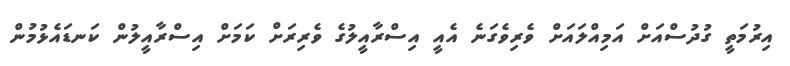
އިރުމަތީ ގުދުސްއަށް އަމިއްލައަށް ވެރިވެގަނެ އެއީ އިސްރާއީލުގެ ވެރިރަށް ކަމަށް އިސްރާއީލުން ކަނޑައެޅުމުން